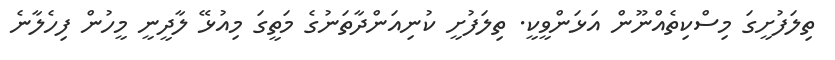
ތިލަފުށީގަ މިސްކިތެއްނޫން އަޅަންވީކީ. ތިލަފުށީ ކުނިއަންދާތަނުގެ މަތީގަ މިއުޅޭ ލާދީނީ މީހުން ފިހެލާނެ